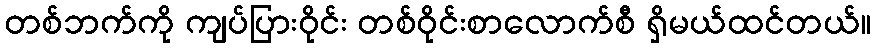
တစ်ဘက်ကို ကျပ်ပြားဝိုင်း တစ်ဝိုင်းစာလောက်စီ ရှိမယ်ထင်တယ်။